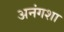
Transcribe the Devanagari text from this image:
अनंगशा